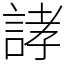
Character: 誟